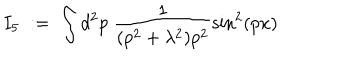
I _ { 5 } \; : = \; \int d ^ { 2 } p \; \frac { 1 } { ( p ^ { 2 } + \lambda ^ { 2 } ) p ^ { 2 } } \sin ^ { 2 } ( p x )